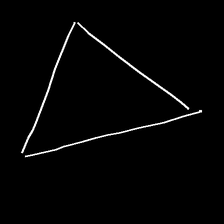
Glyph: convergence